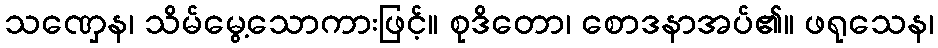
သဏှေန၊ သိမ်မွေ့သောကားဖြင့်။ စုဒိတော၊ စောဒနာအပ်၏။ ဖရုသေန၊